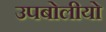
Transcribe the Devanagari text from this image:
उपबोलीयो